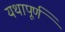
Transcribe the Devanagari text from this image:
यथापूर्ण